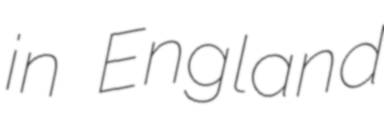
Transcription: in England